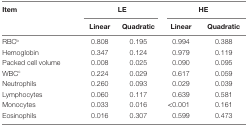
<table><thead><tr><td><b>Item</b></td><td colspan="2"><b>LE</b></td><td colspan="2"><b>HE</b></td></tr><tr><td></td><td><b>Linear</b></td><td><b>Quadratic</b></td><td><b>Linear</b></td><td><b>Quadratic</b></td></tr></thead><tbody><tr><td>RBC<sup>b</sup></td><td>0.808</td><td>0.195</td><td>0.994</td><td>0.388</td></tr><tr><td>Hemoglobin</td><td>0.347</td><td>0.124</td><td>0.979</td><td>0.119</td></tr><tr><td>Packed cell volume</td><td>0.008</td><td>0.025</td><td>0.090</td><td>0.095</td></tr><tr><td>WBC<sup>c</sup></td><td>0.224</td><td>0.029</td><td>0.617</td><td>0.059</td></tr><tr><td>Neutrophils</td><td>0.260</td><td>0.093</td><td>0.029</td><td>0.039</td></tr><tr><td>Lymphocytes</td><td>0.060</td><td>0.117</td><td>0.639</td><td>0.581</td></tr><tr><td>Monocytes</td><td>0.033</td><td>0.016</td><td>&lt;0.001</td><td>0.161</td></tr><tr><td>Eosinophils</td><td>0.016</td><td>0.307</td><td>0.599</td><td>0.473</td></tr></tbody></table>